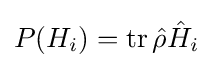
{\textstyle P(H_{i})=\operatorname {tr} {\hat {\rho }}{\hat {H}}_{i}}